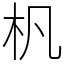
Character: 杋